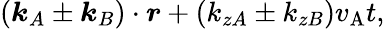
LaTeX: (\boldsymbol{k}_{A}\pm\boldsymbol{k}_{B})\cdot\boldsymbol{r}+(k_{zA}\pm k_{zB})v_{\mathrm{A}}t,